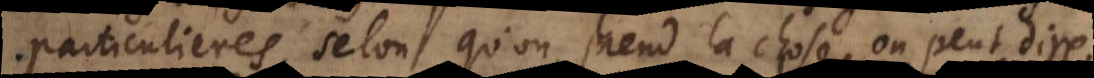
particulieres, selon qu’on prend la chose, on peut dire